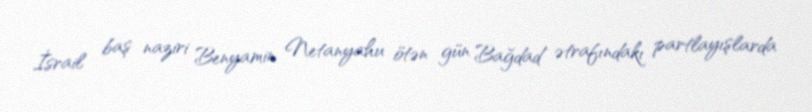
İsrail baş naziri Benyamin Netanyahu ötən gün Bağdad ətrafındakı partlayışlarda